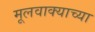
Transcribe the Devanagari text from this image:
मूलवाक्याच्या